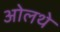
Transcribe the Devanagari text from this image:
ओलथे